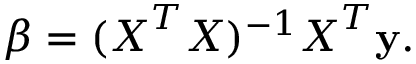
\boldsymbol { \beta } = ( \boldsymbol { X } ^ { T } \boldsymbol { X } ) ^ { - 1 } \boldsymbol { X } ^ { T } \mathbf { y } .